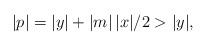
LaTeX: \begin{align*}|p| = |y| + |m|\,| x |/2 > |y|,\end{align*}